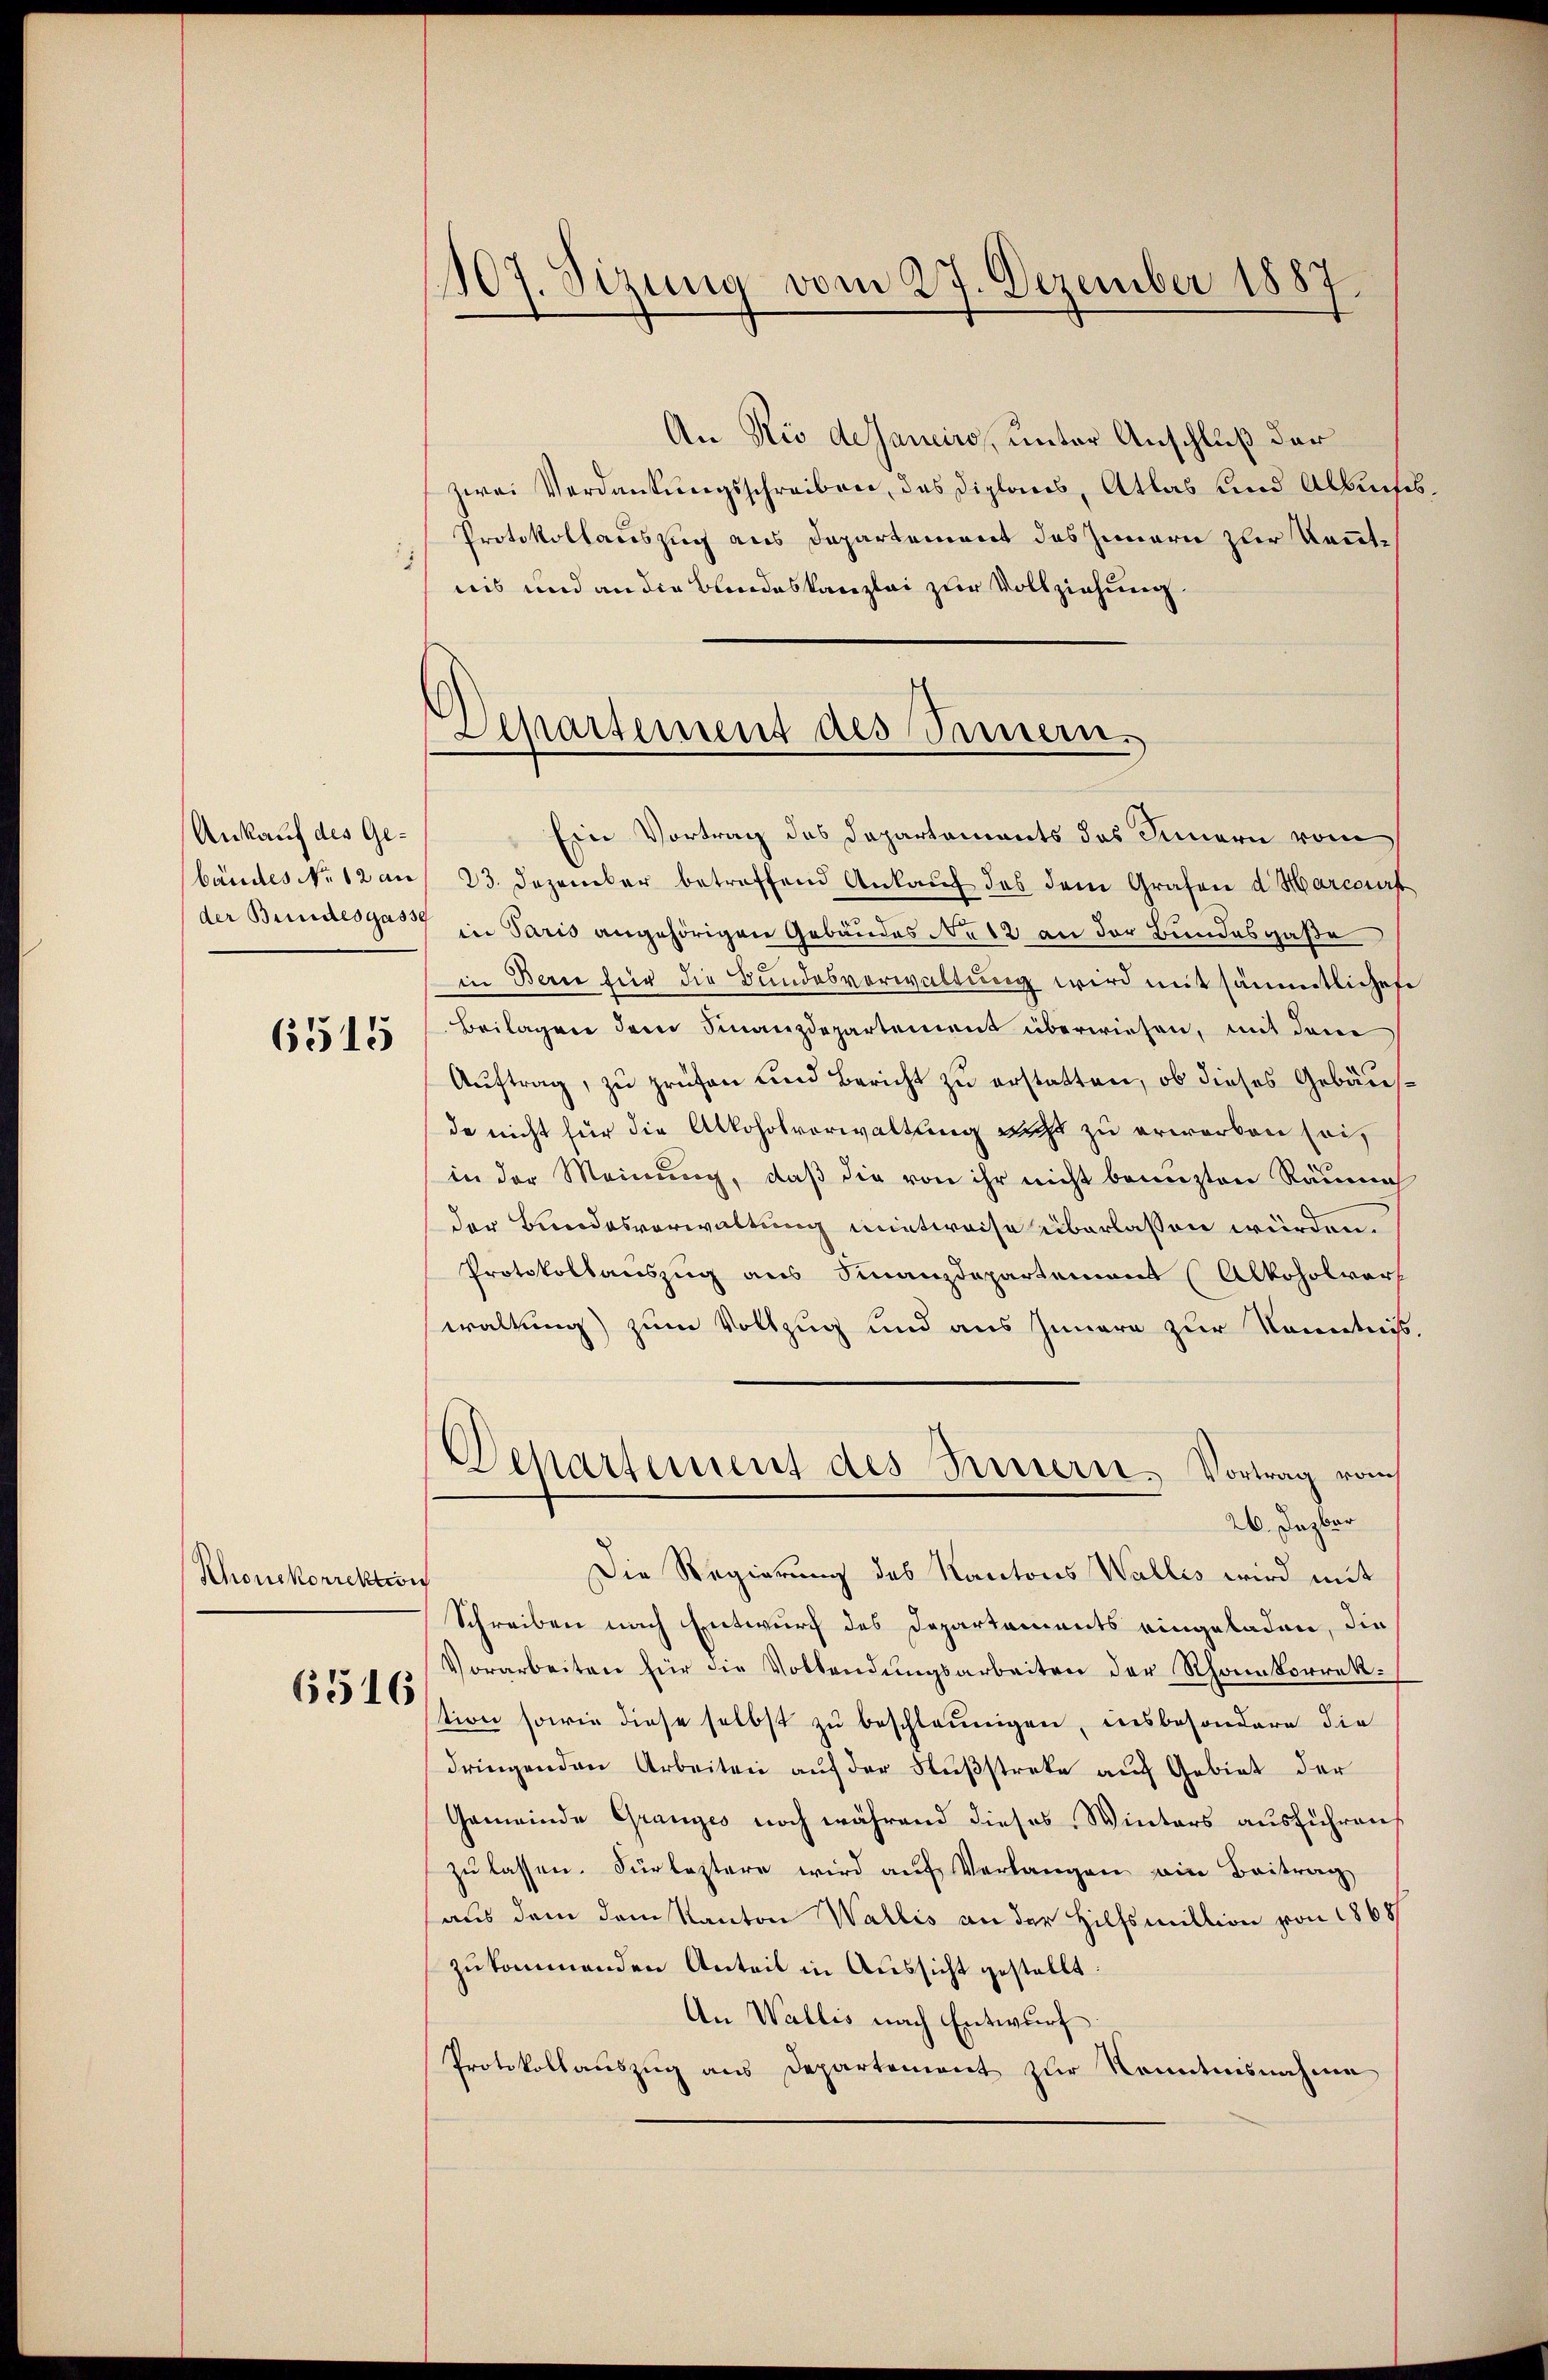
Ankauf des Ge¬

6515

Thonskorrektion

6516

An Rio deJaneiro, unter Anschluß der
zwei Verdankungsschreiben, das Diplans, Atlas und Albuch
Protokollauszug aus Departement des Innern zur Kennt¬
1
nis und an die Blindeskanzlei zur Vollziehung.
Ein Vortrag des Departements das Innern vom
bandes NNo. 12 aus 23. Dezember betreffend Ankauf des dem Grafen d. Marcourt
der Bundesgass in Paris angehörigen Gebäudes No 12 an der Bundesgaße
in Berie für die Bundesverwaltung wird mit sämmtliches
Beilagen dem Finanzdepartement überwiesen, mit dem
Aŭftrag, zu prüfen und Bericht zu erstatten, ob dieses Gebäusde nicht für die Alkoholverwaltung was zu erworben sei,
in der Meinung, daß die von ihr nicht benuzten Räume
der Bundesverwaltung mietweise überlassen würden.
Protokollauszug aus Finanzdepartement Alkoholvors
waltung) zum Vollzug und aus Innern zur Kenntniß
Departement des Innern, Vortrag vom
26. Dazber
Die Regierung des Kantons Wallis wird mit
Schreiben nach Entwurf des Departements eingeladen, die
Vorarbeiten für die Vollendungsarbeiten der Rhonkorrekstion sowie diese selbst zu beschleunigen, insbesondere die
dringenden Arbeiten auf der Fußstreke auf Gebiet der
Gemeinde Granges noch während dieses Winters ausführen,
zŭ lassen. Für leztere wird aŭf Verlangen ein Beitrag
haus dem dem Kanton Wallis an der Hilfsmittion von 1868
zukommenden Anteil in Aussicht gestellt.
An Wallis nach Entwurf.
Protokollauszug aus Departement zur Kenntnisnahme

107. Sizung vom 27. Dezember 1887.

Departement des Samen.